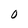
Character: O